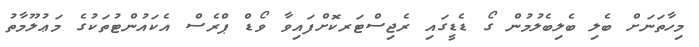
މިހާތަނަށް ބެލި ބެލިބެލުމުން ގޯ ޑެޑީގައި ރެޖިސްޓަރކޮށްފައިވާ ވޯޑް ޕްރެސް އެކައުންޓުތަކުގެ މަޢުލޫމާތު